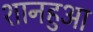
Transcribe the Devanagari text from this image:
शानहुआ